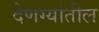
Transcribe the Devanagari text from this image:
देणग्यांतील